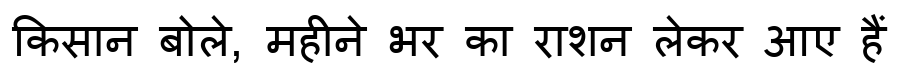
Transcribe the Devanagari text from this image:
किसान बोले, महीने भर का राशन लेकर आए हैं